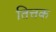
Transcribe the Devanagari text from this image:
तित्तक